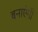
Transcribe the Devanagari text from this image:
बनाएंगी